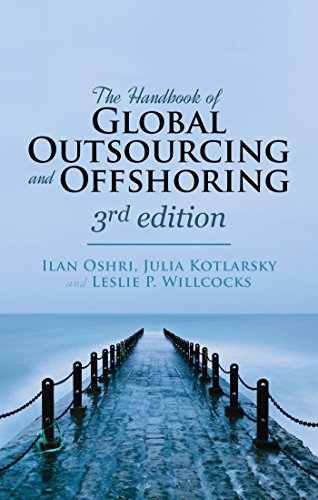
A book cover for The Handbook of Global Outsourcing and Offshoring 3rd edition: The Definitive Guide to Strategy and Operations; Ilan Oshri; Business & Money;